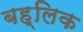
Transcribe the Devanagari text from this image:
बह्लिक